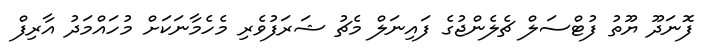
ފޮނަދޫ ޔޫތު ފުޓްސަލް ޗެލެންޖުގެ ފައިނަލް މެޗު ޝަރަފުވެރި މެހެމާނަކަށް މުހައްމަދު އާރިފް